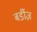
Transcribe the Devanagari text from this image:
बर्डीज़